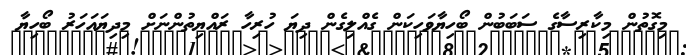
މިގޮތުން މިކާރިސާގެ ސަބަބުން ބޯހިޔާވަހިކަން ގެއްލިގެން ދިޔަ ހުރިހާ ރައްޔިތުންނަށް މިދިޔައަހަރު ބޯހިޔާ